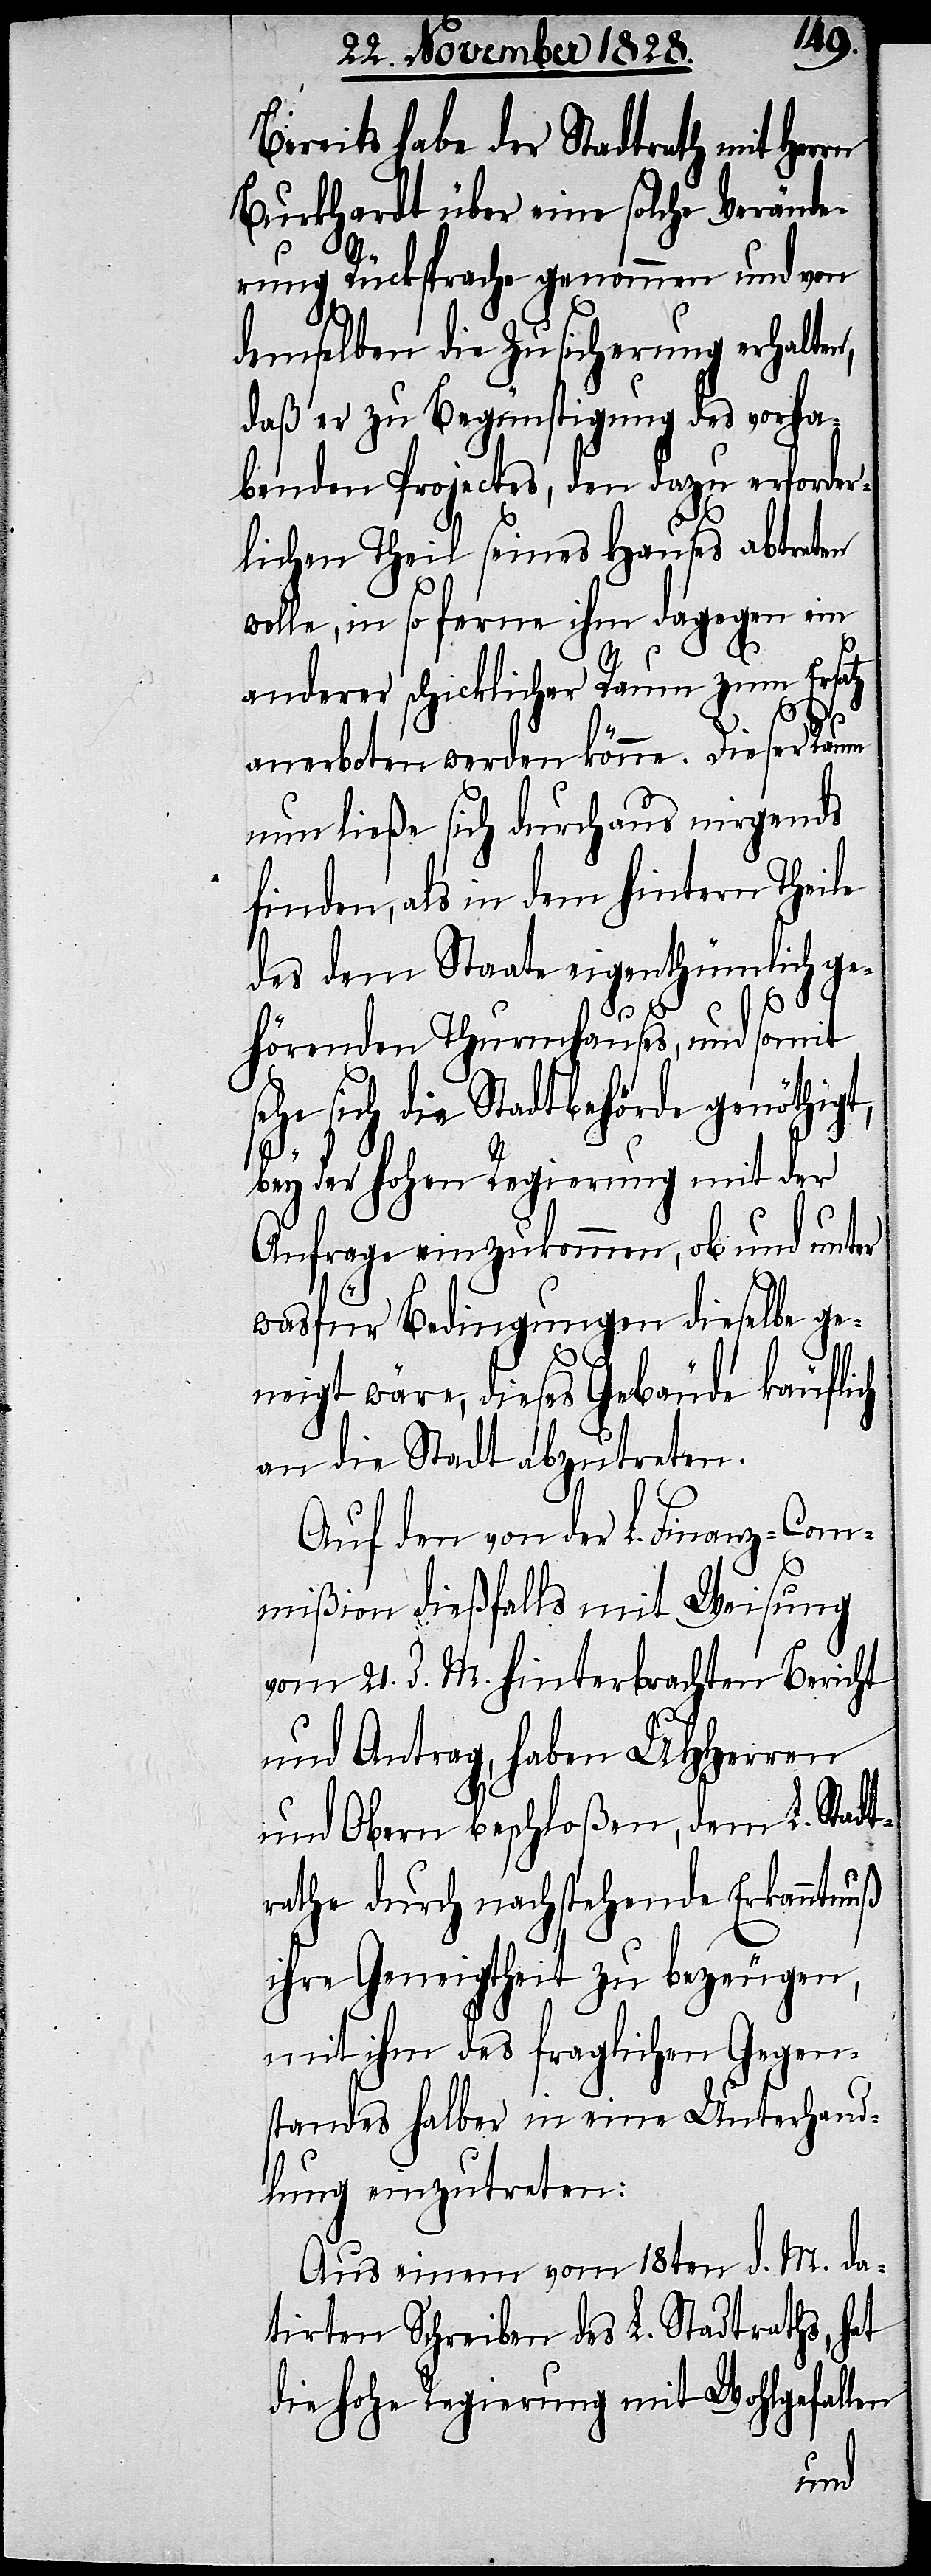
Bereits habe der Stadtrath mit Her¬
Burkhardt über eine solche Verände¬
rung Rücksprache genommnen und von
demselben die Zusicherung erhalten,
daß er zu Begünstigung des vorhan¬
denen Projects, den dazu erforder¬
lichen Theil seines Hauses abtreten
wolle, in so ferne ihm dagegen ein
anderer schicklicher Raum zum Ersatz
anerbothen werden könne. Dieser Raum
nun ließe sich durchaus nirgends
finden, als in dem hintern Theile
des dem Staate eigenthümlich ge¬
s¬
hörenden Thurmhauses, und somit
ehe sich die Stadtbehörde genöthigt,
bey der hohen Regierung mit der
Anfrage einzukommen, ob und unter
wasfür Bedingungen dieselbe ge¬
neigt wäre, dieses Gebäude käuflich
an die Stadt abzutreten.
Auf den von der L. Finanz-Com¬
mißion dießfalls mit Weisung
vom 21. d. M. hinterbrachten Bericht
und Antrag, haben UHHerren
und Obern beschloßen, dem L. Stadt¬
rathe durch nachstehende Erkanntnuß
ihre Geneigtheit zu bezeugen,
mit ihm des fraglichen Gegen¬
standes halber in eine Unterhand¬
lung einzutreten:
Aus einem vom 18ten d. M. da¬
tirten Schreiben des L. Stadtraths, hat
die hohe Regierung mit Wohlgefallen